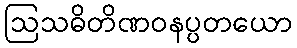
ဩသဓိတိဏဝနပ္ပတယော